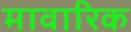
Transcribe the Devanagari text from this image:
मावारिक